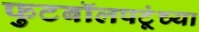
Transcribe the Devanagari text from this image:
फुटबॉलपटूंच्या